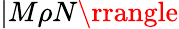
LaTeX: |M\rho N\rrangle